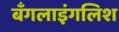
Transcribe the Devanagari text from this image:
बँगलाइंगलिश